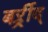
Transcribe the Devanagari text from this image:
बर्र्र्रीद्